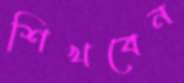
শিখবেন